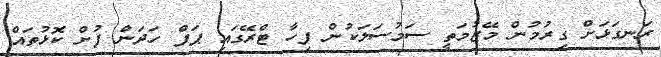
ރަނގަޅަށް ގިރުމުން މޭޒުމަތީ ސަމުސަލަކުން ފިހާ ޓްރޭގައި ޕަފް ހަދަން ފުށް ކޮޅުތައް